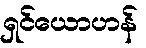
ရှင်ယောဟန်